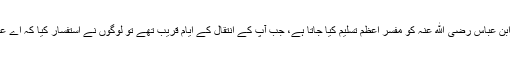
عبدالله ابن عباس رضی الله عنہ کو مفسر اعظم تسلیم کیا جاتا ہے، جب آپ کے انتقال کے ایام قریب تھے تو لوگوں نے استفسار کیا کہ اے عبداللہ !